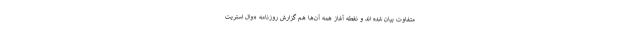
متفاوت بیان شده اند و نقطه آغاز همه آن‌ها هم گزارش روزنامه «وال استریت